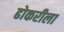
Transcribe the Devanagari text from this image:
ढोकरीला